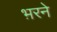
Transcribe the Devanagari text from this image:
भ़रने